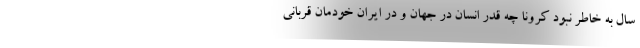
سال به خاطر نبود کرونا چه قدر انسان در جهان و در ایران خودمان قربانی